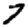
Digit: 7